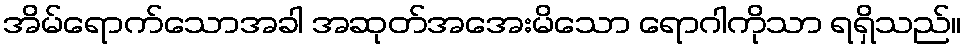
အိမ်ရောက်သောအခါ အဆုတ်အအေးမိသော ရောဂါကိုသာ ရရှိသည်။